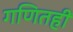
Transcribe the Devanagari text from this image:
गणितही